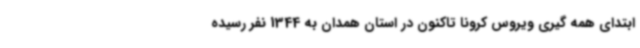
ابتدای همه گیری ویروس کرونا تاکنون در استان همدان به 1344 نفر رسیده